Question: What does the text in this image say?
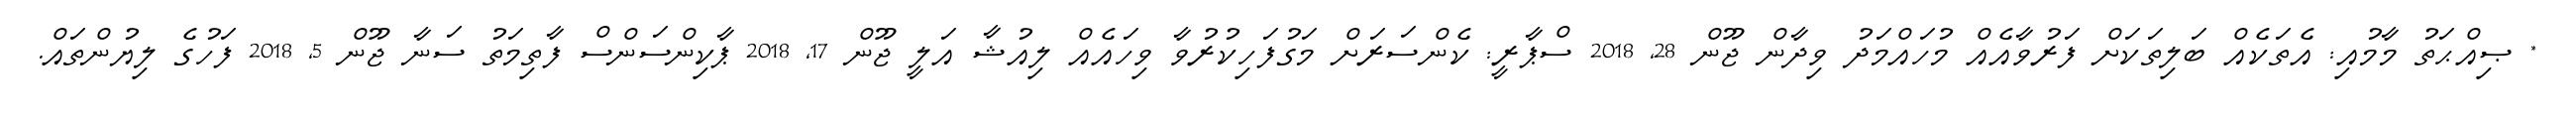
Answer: * ޞިއްޙަތު މާމުއި: އެތަކެއް ބަލިތަކަށް ފަރުވާއެއް މުހައްމަދު ވިދާން ޖޫން 28, 2018 ސްޕާރީ: ކެންސަރަށް މަގުފަހިކުރުވާ ވިހައެއް ލިއުޝާ އަލީ ޖޫން 17, 2018 ޕާކިންސަންސް ފާތިމަތު ސަނާ ޖޫން 5, 2018 ފަހުގެ ލިޔުންތައް.